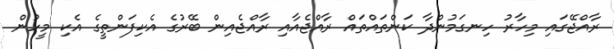
ރާއްޖޭގައި މިހާރު ހިނގަމުންދާ ކަންތައްތައް ރާއްޖެއާއި ރާއްޖެއިން ބޭރުގެ އެކިފަންތީގެ އެކި މީހުން